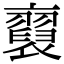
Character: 𧞂